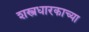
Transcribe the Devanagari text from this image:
शस्त्रधारकाच्या